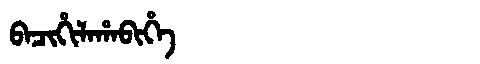
Manchu: ᠪᠠᠴᡳᡥᡳᠯᠠᡥᠠᠪᡳᡥᡝ
Romanization: BACIHILAHABIHE